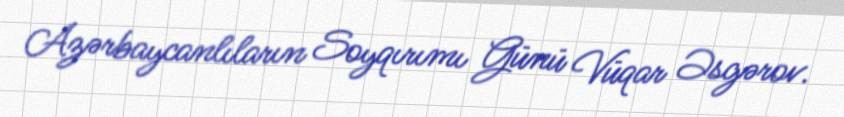
Azərbaycanlıların Soyqırımı Günü Vüqar Əsgərov.